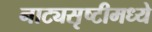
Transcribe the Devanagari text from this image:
नाट्यसृष्टीमध्ये